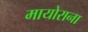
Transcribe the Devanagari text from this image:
मायोराना